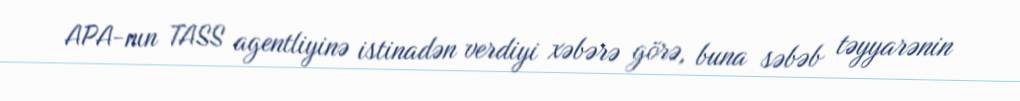
APA-nın TASS agentliyinə istinadən verdiyi xəbərə görə, buna səbəb təyyarənin